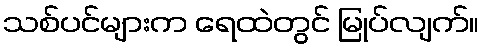
သစ်ပင်များက ရေထဲတွင် မြုပ်လျက်။